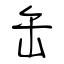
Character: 缶